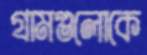
গ্রামগুলোকে